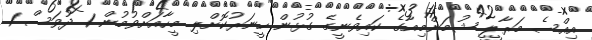
އިއްސެ މަރާލީ ޝުމަންމިއާގެ ކައިވެނީގެ ގުޅުން ހީނަރުކޮށްލި މީހާއަށްވުމުން 1 ދުވަސް 1